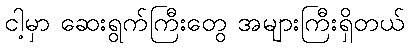
ငါ့မှာ ဆေးရွက်ကြီးတွေ အများကြီးရှိတယ်